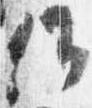
候